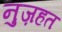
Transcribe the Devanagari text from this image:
नुज़हत